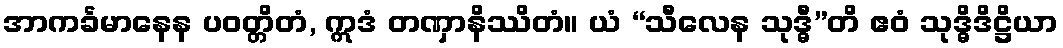
အာကင်္ခမာနေန ပဝတ္တိတံ, ဣဒံ တဏှာနိဿိတံ။ ယံ “သီလေန သုဒ္ဓီ”တိ ဧဝံ သုဒ္ဓိဒိဋ္ဌိယာ